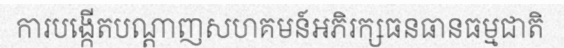
ការបង្កើតបណ្តាញសហគមន៍អភិរក្សធនធានធម្មជាតិ